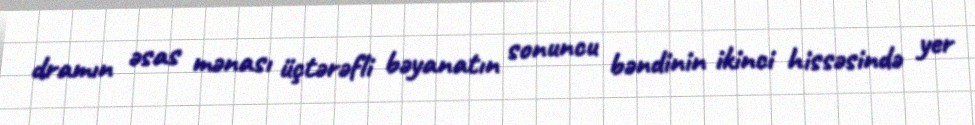
dramın əsas mənası üçtərəfli bəyanatın sonuncu bəndinin ikinci hissəsində yer